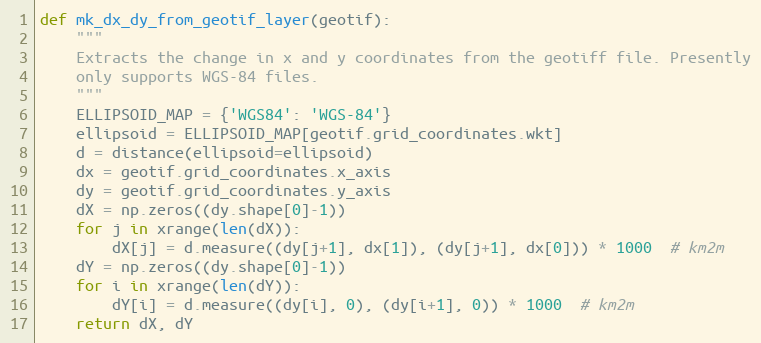
Language: Python
def mk_dx_dy_from_geotif_layer(geotif):
    """
    Extracts the change in x and y coordinates from the geotiff file. Presently
    only supports WGS-84 files.
    """
    ELLIPSOID_MAP = {'WGS84': 'WGS-84'}
    ellipsoid = ELLIPSOID_MAP[geotif.grid_coordinates.wkt]
    d = distance(ellipsoid=ellipsoid)
    dx = geotif.grid_coordinates.x_axis
    dy = geotif.grid_coordinates.y_axis
    dX = np.zeros((dy.shape[0]-1))
    for j in xrange(len(dX)):
        dX[j] = d.measure((dy[j+1], dx[1]), (dy[j+1], dx[0])) * 1000  # km2m
    dY = np.zeros((dy.shape[0]-1))
    for i in xrange(len(dY)):
        dY[i] = d.measure((dy[i], 0), (dy[i+1], 0)) * 1000  # km2m
    return dX, dY